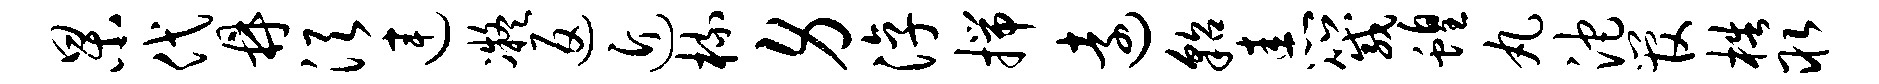
杲代鼎须连凝返近梳身淳揣远貂恚箴蝗丸沱管梏取